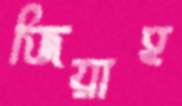
জিয়াহ